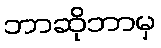
ဘာဆိုဘာမှ